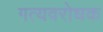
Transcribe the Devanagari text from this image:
गत्यवरोधक